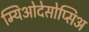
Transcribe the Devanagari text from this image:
म्यिओदेसोप्सिअ